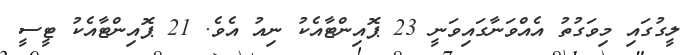
ލީގުގައި މިވަގުތު އެއްވަނާގައިވަނީ 23 ޕޮއިންޓާއެކު ނިއު އެވެ. 21 ޕޮއިންޓާއެކު ޓީސީ